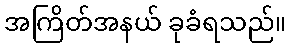
အကြိတ်အနယ် ခုခံရသည်။